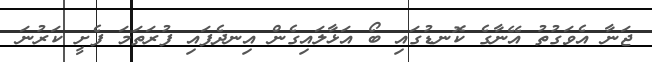
ޖަނާ އެވަގުތު އޭނާގެ ކޮނޑުގައި ބޯ އަޅާލައިގެން އިނދެފައި ފުރަތަމަ ފެށީ ކަރުނަ